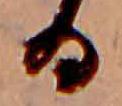
る